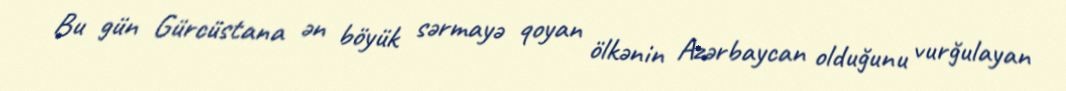
Bu gün Gürcüstana ən böyük sərmayə qoyan ölkənin Azərbaycan olduğunu vurğulayan